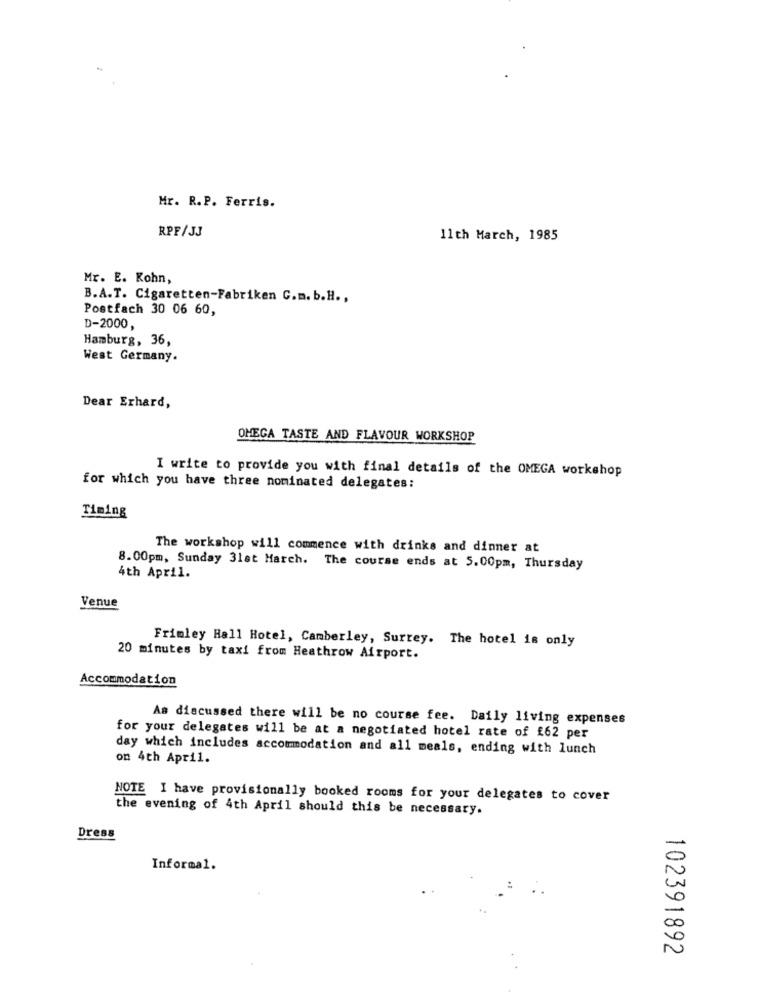
Mr. R.P. Ferris.
RPF/JJ
11th March, 1985
Mr. E. Kohn,
B.A.T. Cigaretten-Fabriken C.m. b.H .,
Postfach 30 06 60,
D-2000,
Hamburg, 36,
West Germany.
Dear Erhard,
OMEGA TASTE AND FLAVOUR WORKSHOP
I write to provide you with final details of the OMEGA workshop
for which you have three nominated delegates:
Timing
The workshop will commence with drinks and dinner at
8.00pm, Sunday 31st March. The course ends at 5.00pm, Thursday
4th April.
Venue
Frimley Hall Hotel, Camberley, Surrey. The hotel is only
20 minutes by taxi from Heathrow Airport.
Accommodation
As discussed there will be no course fee. Daily living expenses
for your delegates will be at a negotiated hotel rate of £62 per
day which includes accommodation and all meals, ending with lunch
on 4th April.
NOTE I have provisionally booked rooms for your delegates to cover
the evening of 4th April should this be necessary.
Dress
-
Informal.
0
102391892